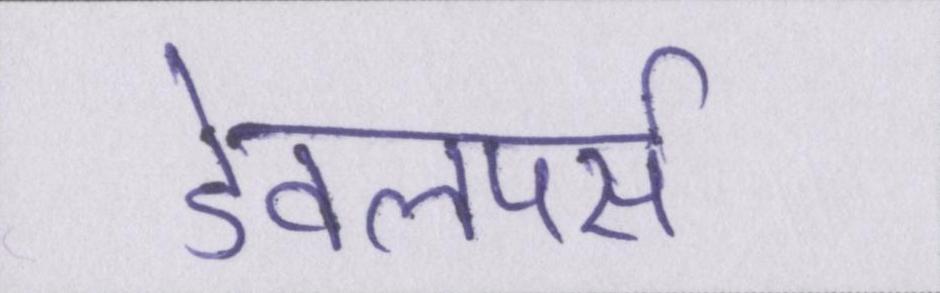
डेवलपर्स